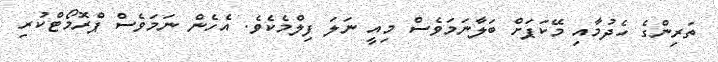
ތަރިންގެ ހެދުމާއި މޭކަޕަށް ބަލާނަމަވެސް މިއީ ނަލަ ފިލްމެކެވެ. އެހެން ނަމަވެސް ޕްރޮމޯޓްކުރި